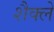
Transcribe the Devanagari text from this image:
शैक्ले